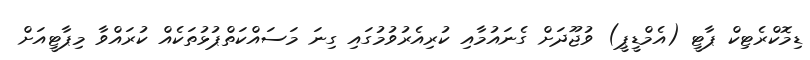
ޑިމޮކްރެޓިކް ޕާޓީ (އެމްޑީޕީ) ވުޖޫދަށް ގެނައުމާއި ކުރިއެރުވުމުގައި ގިނަ މަސައްކަތްޕުޅުތަކެއް ކުރައްވާ މިޕާޓީއަށް